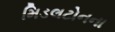
મિડલટોનના